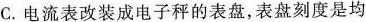
C.电流表改装成电子秤的表盘，表盘刻度是均